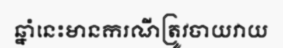
ឆ្នាំនេះមានករណីត្រូវចាយវាយ